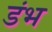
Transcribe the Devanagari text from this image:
डंभ